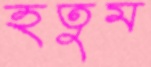
হতুম